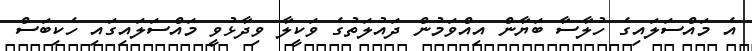
އެ މައްސަލައިގެ ހުލާސާ ބަޔާން އިއްވަމުން ދައުލަތުގެ ވަކީލާ ވިދާޅުވީ މައްސަލައިގައި ހެކިބަސް